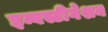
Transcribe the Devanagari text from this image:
इन्वस्टीगेशन